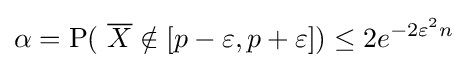
\alpha =\operatorname {P} (\ {\overline {X}}\notin [p-\varepsilon ,p+\varepsilon ])\leq 2e^{-2\varepsilon ^{2}n}